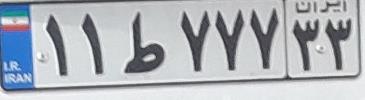
۱۱ط۷۷۷۳۳